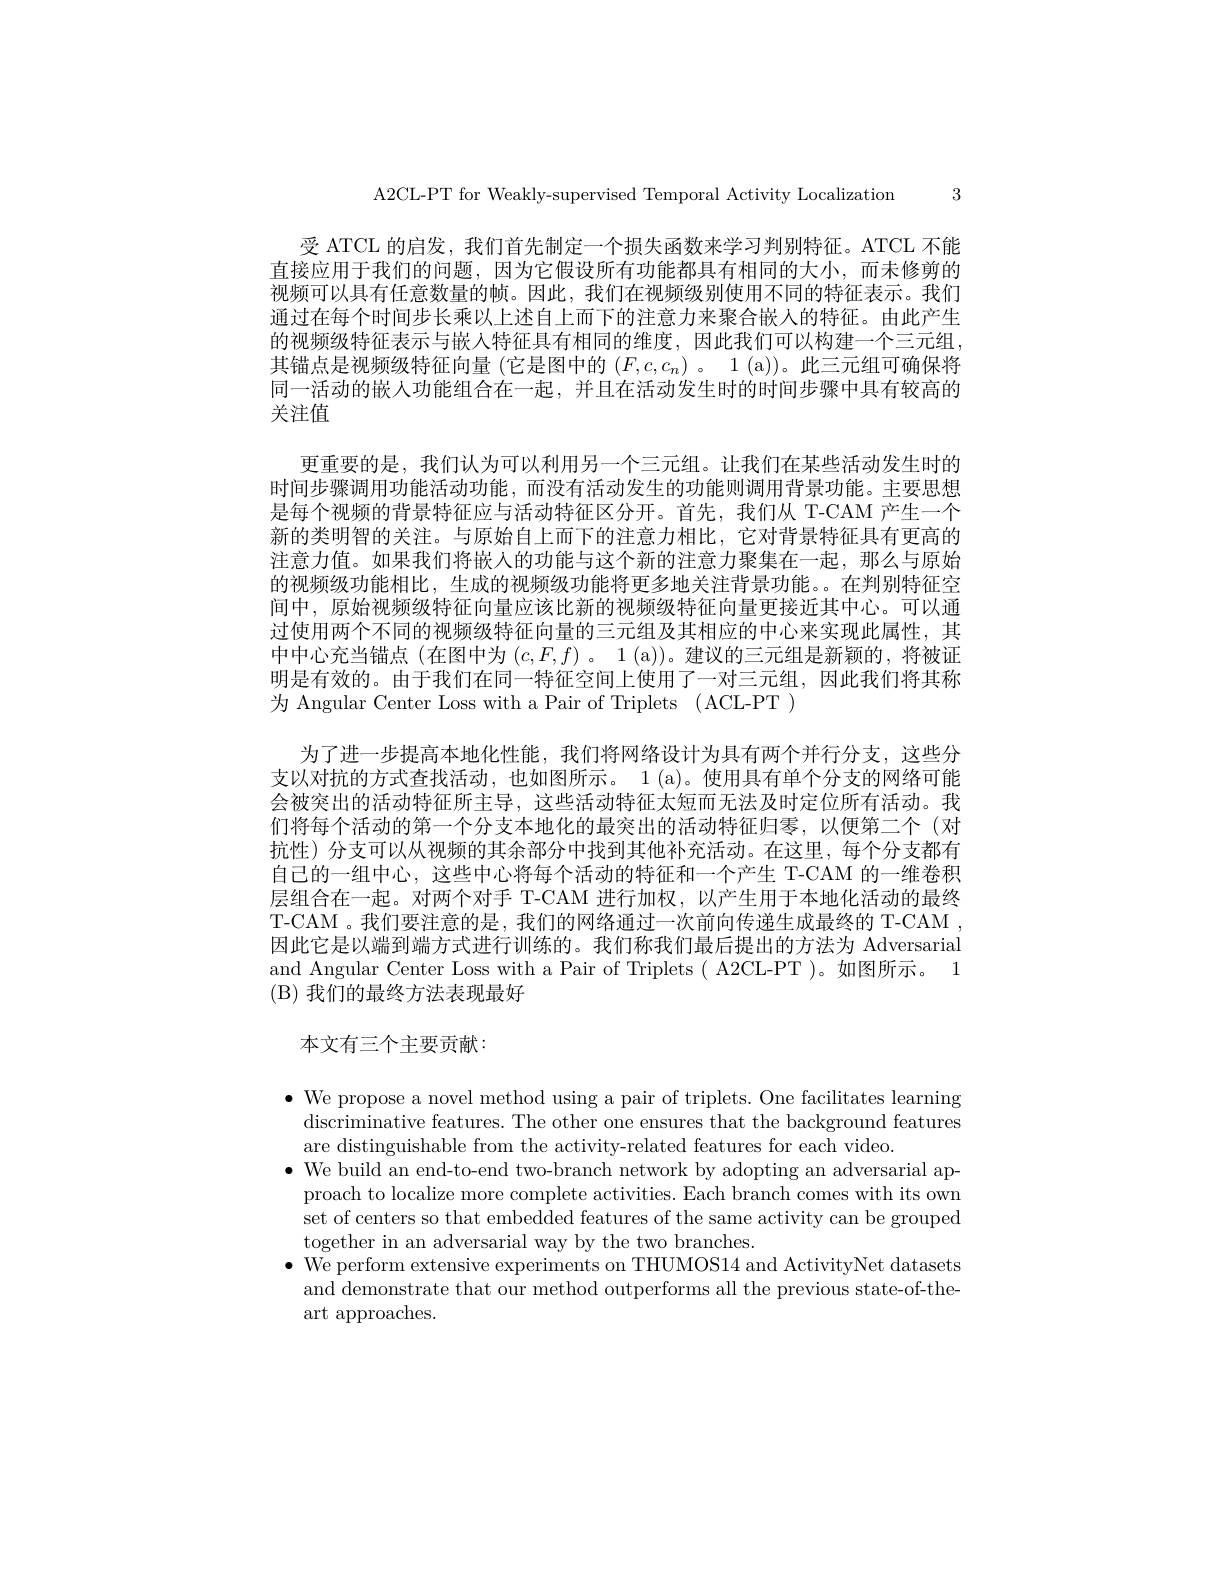
A2CL-PT for Weakly-supervised Temporal Activity Localization

3

受 ATCL 的启发，我们首先制定一个损失函数来学习判别特征。ATCL 不能直接应用于我们的问题，因为它假设所有功能都具有相同的大小，而未修剪的视频可以具有任意数量的帧。因此，我们在视频级别使用不同的特征表示。我们通过在每个时间步长乘以上述自上而下的注意力来聚合嵌人的特征。由此产生的视频级特征表示与嵌人特征具有相同的维度，因此我们可以构建一个三元组其锚点是视频级特征向量 (它是图中的 ($F,c,c_n)$ 。1 (a))。此三元组可确保将同一活动的嵌入功能组合在一起，并且在活动发生时的时间步骤中具有较高的关注值
更重要的是，我们认为可以利用另一个三元组。让我们在某些活动发生时的时间步骤调用功能活动功能，而没有活动发生的功能则调用背景功能。主要思想是每个视频的背景特征应与活动特征区分开。首先，我们从 T-CAM 产生一个新的类明智的关注。与原始自上而下的注意力相比，它对背景特征具有更高的注意力值。如果我们将嵌人的功能与这个新的注意力聚集在一起，那么与原始的视频级功能相比，生成的视频级功能将更多地关注背景功能。。在判别特征空间中，原始视频级特征向量应该比新的视频级特征向量更接近其中心。可以通过使用两个不同的视频级特征向量的三元组及其相应的中心来实现此属性，其中中心充当锚点(在图中为$(c,F,f)$ 。1(a))。建议的三元组是新颖的，将被证明是有效的。由于我们在同一特征空间上使用了一对三元组，因此我们将其称为 Angular Center Loss with a Pair of Triplets ( ACL-PT )
为了进一步提高本地化性能，我们将网络设计为具有两个并行分支，这些分支以对抗的方式查找活动，也如图所示。1 (a)。使用具有单个分支的网络可能会被突出的活动特征所主导，这些活动特征太短而无法及时定位所有活动。我们将每个活动的第一个分支本地化的最突出的活动特征归零，以便第二个(对抗性)分支可以从视频的其余部分中找到其他补充活动。在这里，每个分支都有自己的一组中心，这些中心将每个活动的特征和一个产生 T-CAM 的一维卷积层组合在一起。对两个对手 T-CAM 进行加权，以产生用于本地化活动的最终T-CAM 。我们要注意的是，我们的网络通过一次前向传递生成最终的 T-CAM , 因此它是以端到端方式进行训练的。我们称我们最后提出的方法为 Adversarial and Angular Center Loss with a Pair of Triplets( A2CL-PT )。如图所示。1 (B) 我们的最终方法表现最好
本文有三个主要贡献：

$\bullet$ We propose a novel method using a pair of triplets. One facilitates learning
discriminative features. The other one ensures that the background features
are distinguishable from the activity-related features for each video.
$\bullet$ We build an end-to-end two-branch network by adopting an adversarial ap-
proach to localize more complete activities. Each branch comes with its own set of centers so that embedded features of the same activity can be grouped together in an adversarial way by the two branches.
$\bullet$ We perform extensive experiments on THUMOS14 and ActivityNet datasets
and demonstrate that our method outperforms all the previous state-of-the-
art approaches.